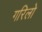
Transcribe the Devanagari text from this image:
गरिलो